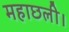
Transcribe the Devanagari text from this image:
महाछली।